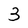
Character: 3